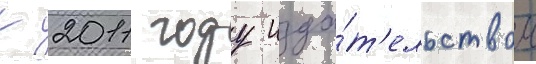
К 2011 году изда́т'ельством